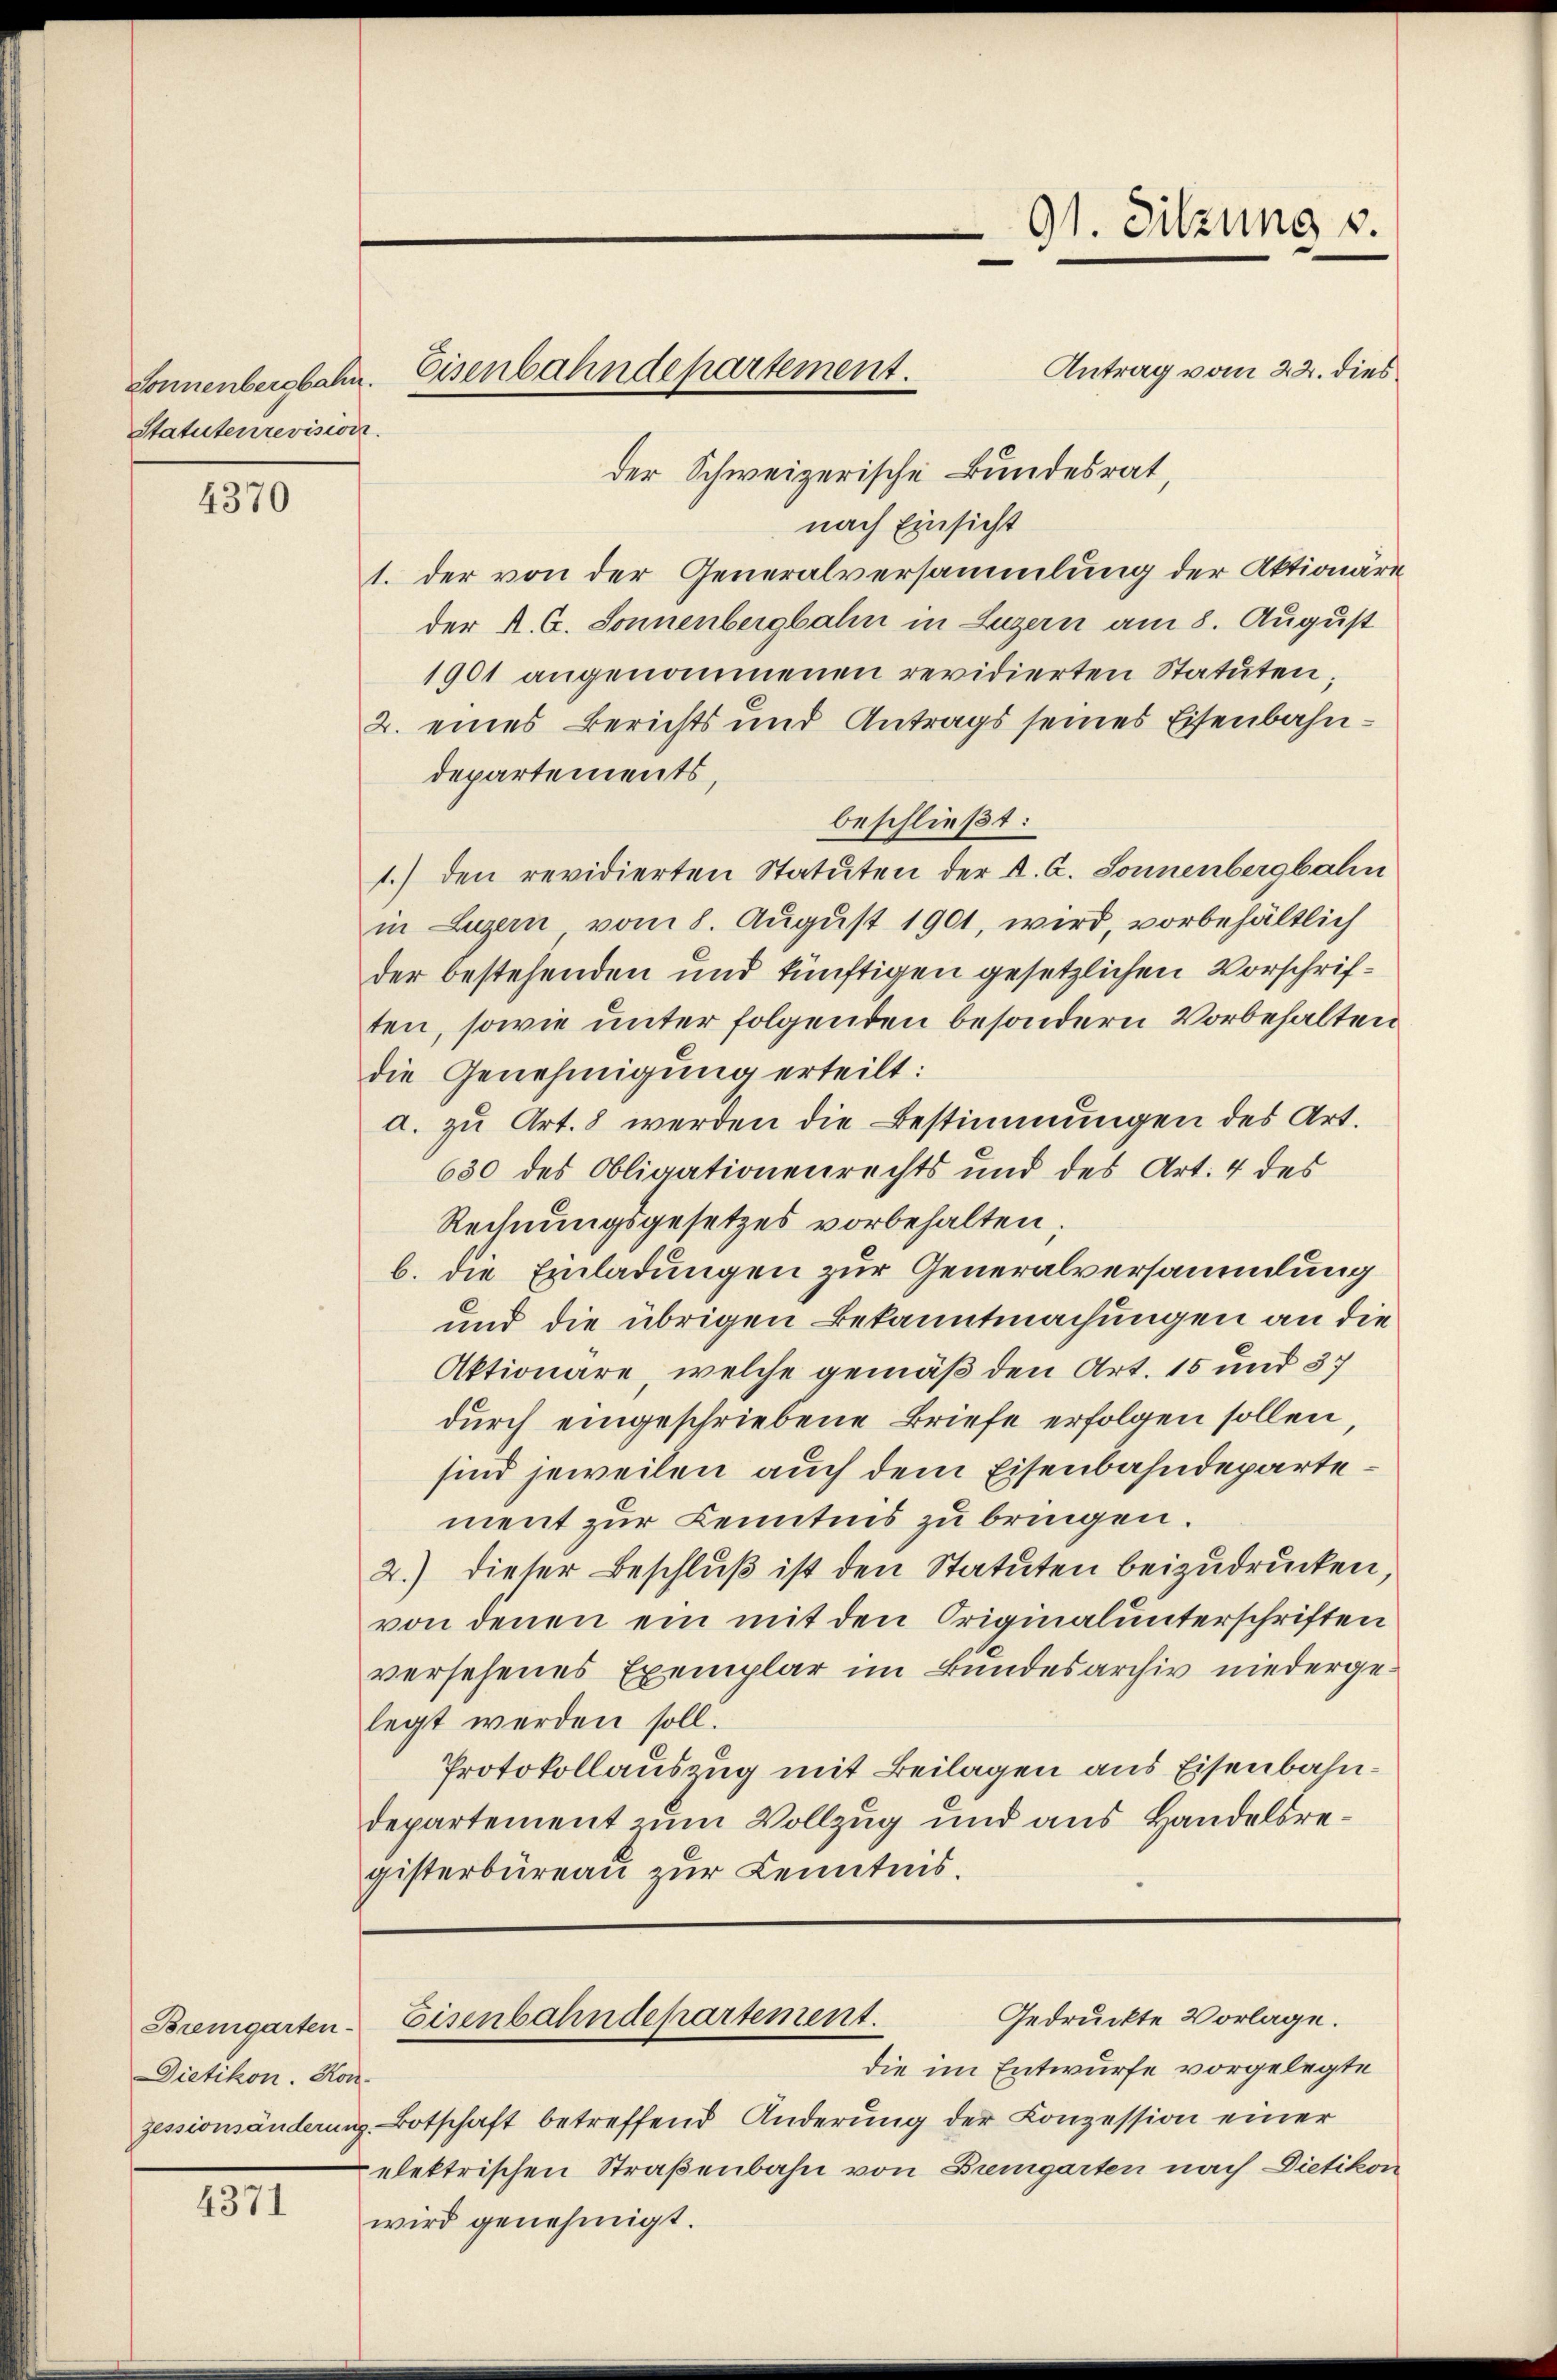
Statutenrevisir

4370

Dietikon. Kon¬

4371

Antrag vom 22. dies
der Schweizerische Bundesrat,
nach Einsicht
1. der von der Generalversammlung der Aktionäre
der K. G. Sonnenbergbahn in Luzern am 8. August
1901 angenommenen revidierten Statuten;
2. eines Berichts und Antrags seines Eisenbahndepartements,
beschließt:
1.) den revidierten Statuten der K. A. Sonnenbergbahn
in Luzern vom 8. August 1901, wird, vorbehältlich
der bestehenden und künftigen gesetzlichen Vorschriften, sowie unter folgenden besondern Vorbehalten
die Genehmigung erteilt:
a. zu Art. 8 werden die Bestimmungen des Art.
630 des Obligationenrechts und des Art. 4 des
Rechnungsgesetzes vorbehalten;
b. die Einladungen zur Generalversammlung
und die übrigen Bekanntmachungen an die
Aktionare, welche gemäß den Art. 15 und 37
durch eingeschriebene Briefe erfolgen sollen,
sind jeweilen auch dem Eisenbahndeparte.
ment zur Kenntnis zu bringen.
2.) dieser Beschluß ist den Statuten beizudrucken,
von denen ein mit den Originalunterschriften
versehenes Exemplar im Bundesarchiv niedergelegt werden soll.
Protokollauszug mit Beilagen aus Eisenbahndepartement zum Vollzug und aus Handelsregisterbüreau zur Kenntnis.

Sonnenbergbahn. Eisenbahndepartement.

die im Entwurfe vorgelegte
zessionsänderung Botschaft betreffend Änderung der Conzession einer
elektrischen Straßenbahn von Bremgarten nach Dietikon
wird genehmigt.

91. Sitzung 3.

Gedruckte Vorlage.
Bremgarten-Eisenbahndepartement.